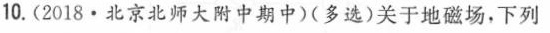
10.（2018·北京北师大附中期中）（多选）关于地磁场，下列